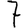
Digit: 7